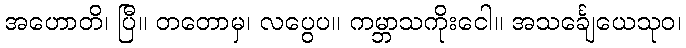
အဟောတိ၊ ပြီ။ တတောမှ၊ လပွေပ။ ကမ္ဘာသကိုးငေါ။ အသင်္ချေယေသုဝ၊